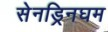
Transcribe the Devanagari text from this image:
सेनड्रिनघम